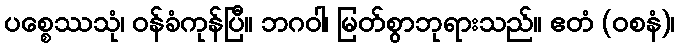
ပစ္စေဿသုံ၊ ဝန်ခံကုန်ပြီ။ ဘဂဝါ၊ မြတ်စွာဘုရားသည်။ ဧတံ (ဝစနံ)၊